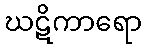
ဃဋိကာရော